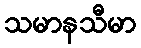
သမာနသီမာ